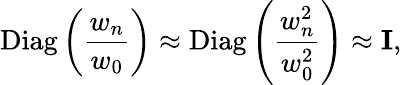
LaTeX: \mathrm{Diag}\left(\frac{w_{n}}{w_{0}}\right)\approx\mathrm{Diag}\left(\frac{w_{n}^{2}}{w_{0}^{2}}\right)\approx{\mathbf I},